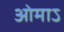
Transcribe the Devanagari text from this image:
ओमाऽ